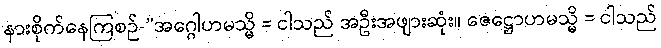
နားစိုက်နေကြစဉ်-”အဂ္ဂေါဟမသ္မိ = ငါသည် အဦးအဖျားဆုံး။ ဇေဋ္ဌောဟမသ္မိ = ငါသည်